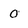
Character: 0